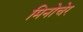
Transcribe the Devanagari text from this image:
मिनोचेर